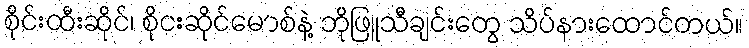
စိုင်းထီးဆိုင်၊ စိုငးဆိုင်မောစ်နဲ့ ဘိုဖြူသီချင်းတွေ သိပ်နားထောင်တယ်။